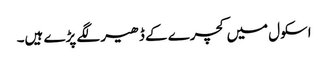
اسکول میں کچرے کے ڈھیر لگے پڑے ہیں۔